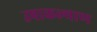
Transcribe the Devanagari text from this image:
उषाकल्याण